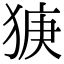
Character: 㹹